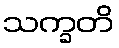
သက္ခတိ